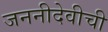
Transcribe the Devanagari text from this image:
जननीदेवीची